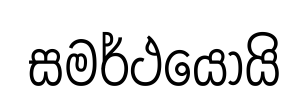
සමර්ථයෝයි